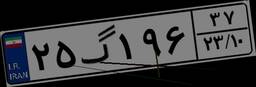
۴۷گ۶۰۹۷۰